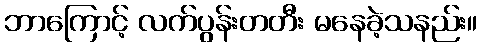
ဘာကြောင့် လက်ပွန်းတတီး မနေခဲ့သနည်း။